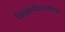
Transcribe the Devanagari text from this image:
किलोमीटरपर्यंतचा